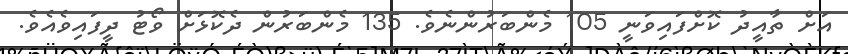
އަށް ތާއީދު ކޮށްފައިވަނީ 105 މެންބަރުންނެވެ. 135 މެންބަރުން ދެކޮޅަށް ވޯޓު ދީފައިވެއެވެ.